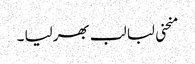
منحنی لبا لب بھر لیا ۔